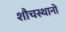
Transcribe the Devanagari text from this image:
शौचस्थानों